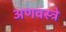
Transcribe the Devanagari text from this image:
अणवस्त्रे